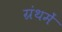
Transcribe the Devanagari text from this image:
ग्रंथमें